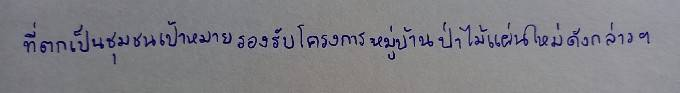
ที่ตกเป็นชุมชนเป้าหมายรองรับโครงการหมู่บ้านป่าไม้แผนใหม่ดังกล่าวฯ